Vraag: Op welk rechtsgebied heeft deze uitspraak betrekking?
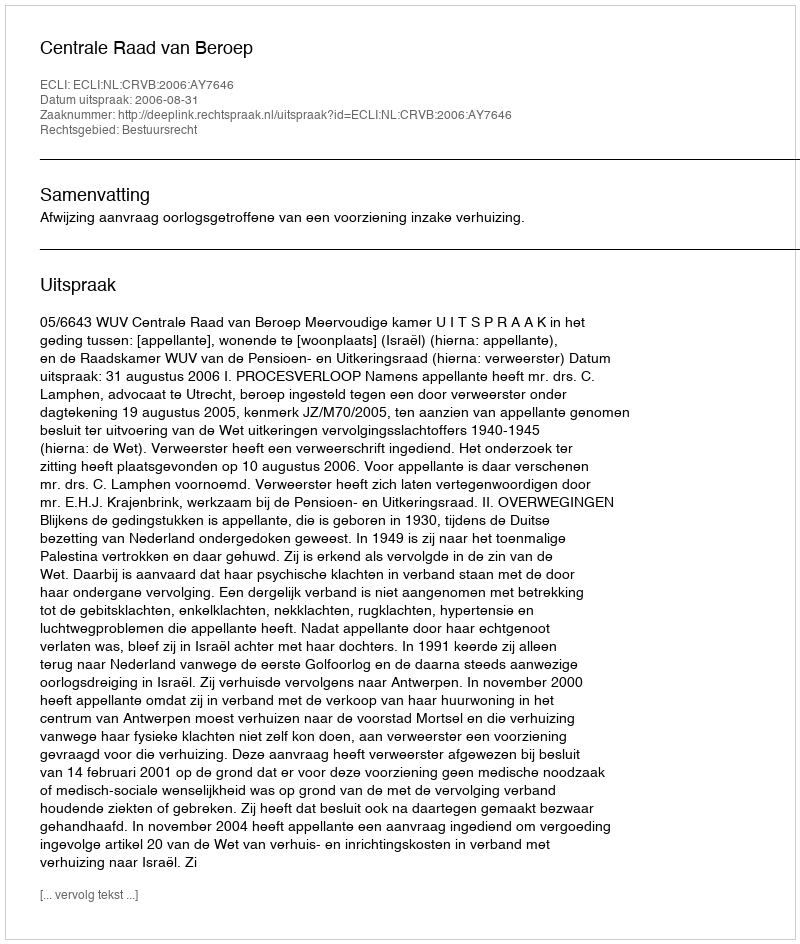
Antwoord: Bestuursrecht